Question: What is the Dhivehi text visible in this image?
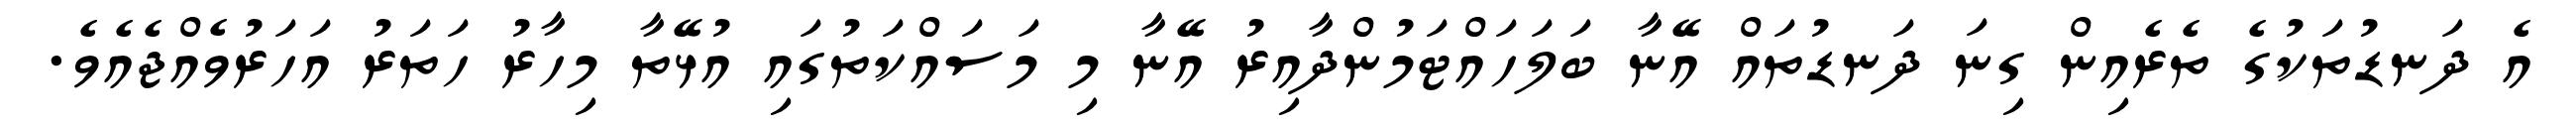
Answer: އެ ދަނޑުތަކުގެ ތެރެއިން ގިނަ ދަނޑުތައް އޭނާ ބަލަހައްޓަމުންދާއިރު އޭނާ މި މަސައްކަތުގައި އުޅޭތާ މިހާރު ހަތަރު އަހަރުވެއްޖެއެވެ.